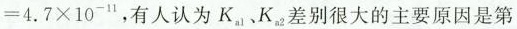
= 4 . 7 \times 1 0 ^ { - 1 1 }$$，’ 有人认为K_{a1}、K_{a2}差别很大的主要原因是第